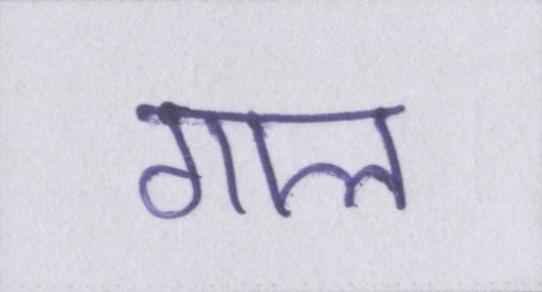
गाल